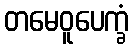
တမေဝူပေက္ခံ